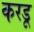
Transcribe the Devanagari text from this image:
करडू